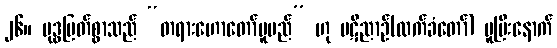
၂၆။ ဗုဒ္ဓမြတ်စွာသည် “တရားဟောတော်မူမည်” ဟု ပဋိညာဉ်(လက်ခံတော်) မူပြီးနောက်